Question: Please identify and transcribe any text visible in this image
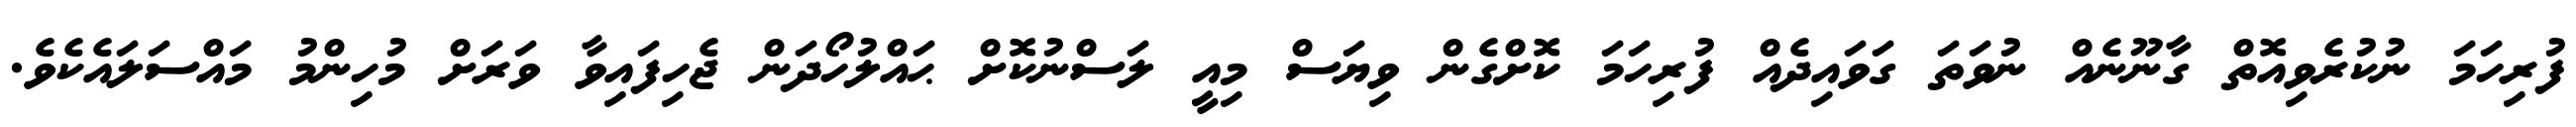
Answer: ފުރިހަމަ ނުކުރެވިއޮތް ގާނޫނެއް ނުވަތަ ގަވައިދެއް ފުރިހަމަ ކޮށްގެން ވިޔަސް މިއީ ލަސްނުކޮށް ޙައްލުހޯދަން ޖެހިފައިވާ ވަރަށް މުހިންމު މައްސަލައެކެވެ.